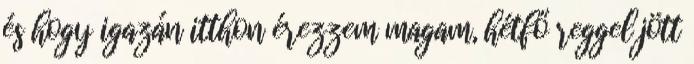
és hogy igazán itthon érezzem magam, hétfő reggel jött